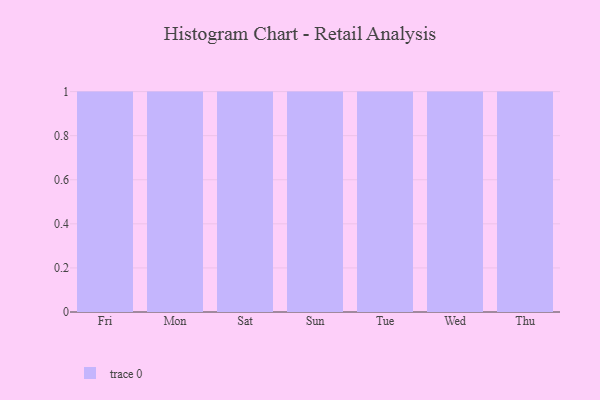
{"axis": {"x": "Day", "y": "Satisfaction Score"}, "legend": [""], "data": [{"x": "Fri", "y": 27, "type": ""}, {"x": "Mon", "y": 61, "type": ""}, {"x": "Sat", "y": 39, "type": ""}, {"x": "Sun", "y": 2, "type": ""}, {"x": "Tue", "y": 85, "type": ""}, {"x": "Wed", "y": 13, "type": ""}, {"x": "Thu", "y": 48, "type": ""}]}